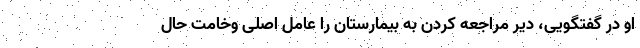
او در گفتگویی، دیر مراجعه کردن به بیمارستان را عامل اصلی وخامت حال